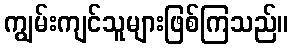
ကျွမ်းကျင်သူများဖြစ်ကြသည်။